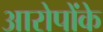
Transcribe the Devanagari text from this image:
आरोपोंके